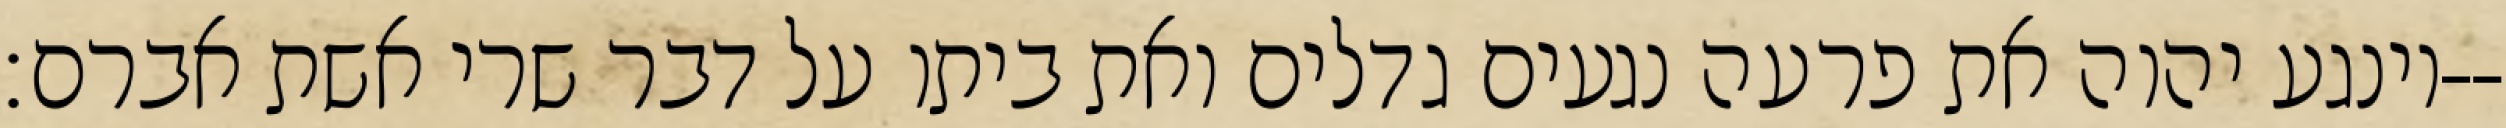
וינגע יהוה את פרעה נגעים גדלים ואת ביתו על דבר שרי אשת אברם׃--